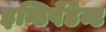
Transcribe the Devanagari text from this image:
इन्डिपेंडेन्ट